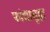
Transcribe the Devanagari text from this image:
फांद्यासुद्धा